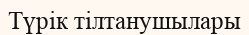
Түрік тілтанушылары